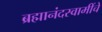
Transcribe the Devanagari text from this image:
ब्रह्मानंदस्वामींचे